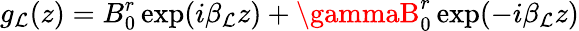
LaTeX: g_{\mathcal{L}}(z)=B_{0}^{r}\exp(i\beta_{\mathcal{L}}z)+\gammaB_{0}^{r}\exp(-i\beta_{\mathcal{L}}z)